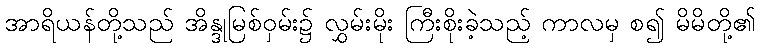
အာရိယန်တို့သည် အိန္ဒုမြစ်ဝှမ်း၌ လွှမ်းမိုး ကြီးစိုးခဲ့သည့် ကာလမှ စ၍ မိမိတို့၏